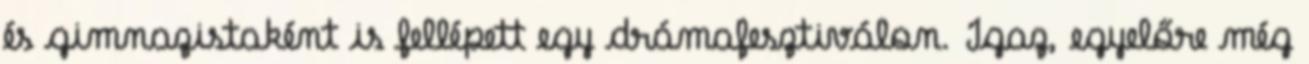
és gimnazistaként is fellépett egy drámafesztiválon. Igaz, egyelőre még